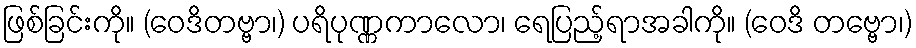
ဖြစ်ခြင်းကို။ (ဝေဒိတဗ္ဗာ၊) ပရိပုဏ္ဏကာလော၊ ရေပြည့်ရာအခါကို။ (ဝေဒိ တဗ္ဗော၊)